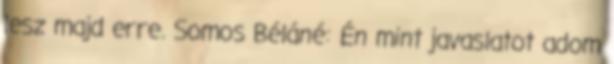
lesz majd erre. Somos Béláné: Én mint javaslatot adom